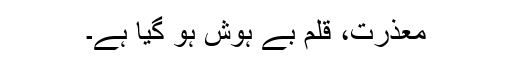
معذرت، قلم بے ہوش ہو گیا ہے۔